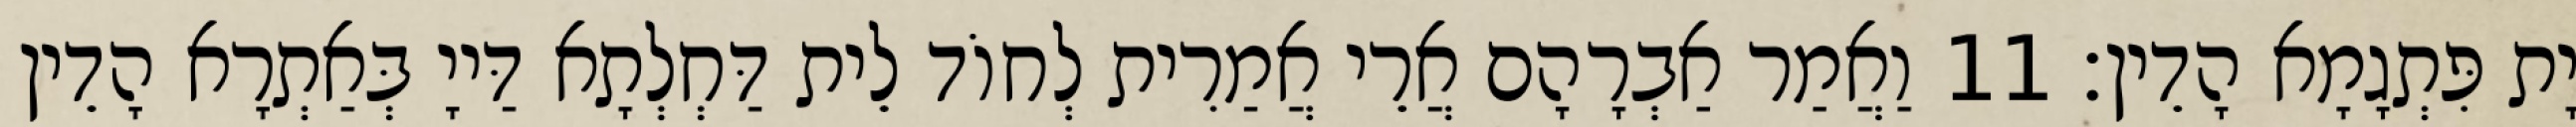
יָת פִּתְגָמָא הָדֵין׃ 11 וַאֲמַר אַבְרָהָם אֲרֵי אֲמַרִית לְחוֹד לֵית דַּחְלְתָא דַּייָ בְּאַתְרָא הָדֵין